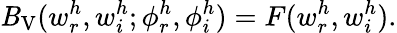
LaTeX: \mathit{B}_{\mathrm{{V}}}(w_{r}^{h},w_{i}^{h};\phi_{r}^{h},\phi_{i}^{h})=F(w_{r}^{h},w_{i}^{h}).